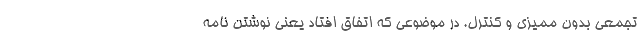
تجمعی بدون ممیزی و کنترل. در موضوعی که اتفاق افتاد یعنی نوشتن نامه